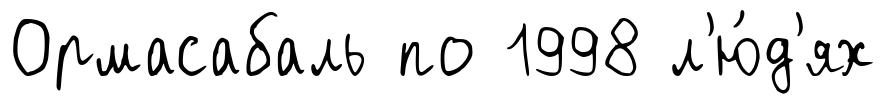
Ормасабаль по 1998 л'ю́д'ях